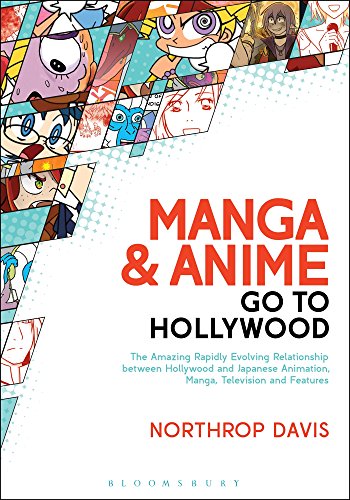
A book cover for Manga and Anime Go to Hollywood; Northrop Davis; Humor & Entertainment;